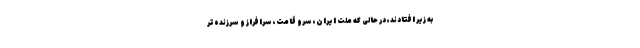
به زیر افتادند، در حالی که ملّت ایران، سرو قامت، سرافراز و سرزنده‌تر